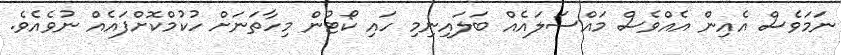
ނަމަވެސް އެއިން އެއްވެސް މައްސަލައެއް ބަލައިނިމި ހައި ކޯޓުން މިހާތަނަށް ހުކުމްކޮށްފައެއް ނުވެއެވެ.